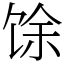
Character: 馀